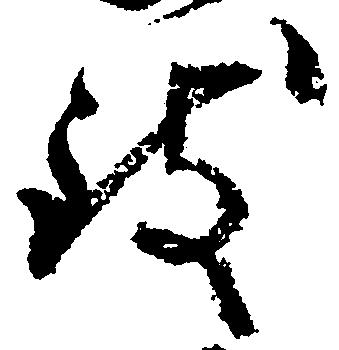
致